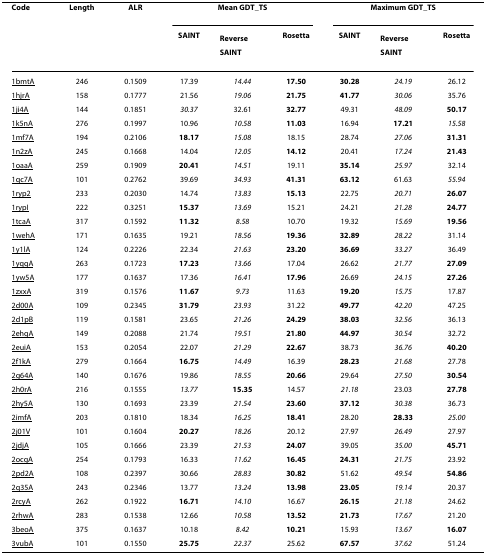
<table><thead><tr><td><b>Code</b></td><td><b>Length</b></td><td><b>ALR</b></td><td colspan="3"><b>Mean GDT_TS</b></td><td colspan="3"><b>Maximum GDT_TS</b></td></tr><tr><td></td><td></td><td></td><td><b>SAINT</b></td><td><b>Reverse SAINT</b></td><td><b>Rosetta</b></td><td><b>SAINT</b></td><td><b>Reverse SAINT</b></td><td><b>Rosetta</b></td></tr></thead><tbody><tr><td>1bmtA</td><td>246</td><td>0.1509</td><td>17.39</td><td><i>14.44</i></td><td><b>17.50</b></td><td><b>30.28</b></td><td><i>24.19</i></td><td>26.12</td></tr><tr><td>1hjrA</td><td>158</td><td>0.1777</td><td>21.56</td><td><i>19.06</i></td><td><b>21.75</b></td><td><b>41.77</b></td><td><i>30.06</i></td><td>35.76</td></tr><tr><td>1ji4A</td><td>144</td><td>0.1851</td><td><i>30.37</i></td><td>32.61</td><td><b>32.77</b></td><td>49.31</td><td><i>48.09</i></td><td><b>50.17</b></td></tr><tr><td>1k5nA</td><td>276</td><td>0.1997</td><td>10.96</td><td><i>10.58</i></td><td><b>11.03</b></td><td>16.94</td><td><b>17.21</b></td><td><i>15.58</i></td></tr><tr><td>1mf7A</td><td>194</td><td>0.2106</td><td><b>18.17</b></td><td><i>15.08</i></td><td>18.15</td><td>28.74</td><td><i>27.06</i></td><td><b>31.31</b></td></tr><tr><td>1n2zA</td><td>245</td><td>0.1668</td><td>14.04</td><td><i>12.05</i></td><td><b>14.12</b></td><td>20.41</td><td><i>17.24</i></td><td><b>21.43</b></td></tr><tr><td>1oaaA</td><td>259</td><td>0.1909</td><td><b>20.41</b></td><td><i>14.51</i></td><td>19.11</td><td><b>35.14</b></td><td><i>25.97</i></td><td>32.14</td></tr><tr><td>1qc7A</td><td>101</td><td>0.2762</td><td>39.69</td><td><i>34.93</i></td><td><b>41.31</b></td><td><b>63.12</b></td><td>61.63</td><td><i>55.94</i></td></tr><tr><td>1ryp2</td><td>233</td><td>0.2030</td><td>14.74</td><td><i>13.83</i></td><td><b>15.13</b></td><td>22.75</td><td><i>20.71</i></td><td><b>26.07</b></td></tr><tr><td>1rypI</td><td>222</td><td>0.3251</td><td><b>15.37</b></td><td><i>13.69</i></td><td>15.21</td><td>24.21</td><td><i>21.28</i></td><td><b>24.77</b></td></tr><tr><td>1tcaA</td><td>317</td><td>0.1592</td><td><b>11.32</b></td><td><i>8.58</i></td><td>10.70</td><td>19.32</td><td><i>15.69</i></td><td><b>19.56</b></td></tr><tr><td>1wehA</td><td>171</td><td>0.1635</td><td>19.21</td><td><i>18.56</i></td><td><b>19.36</b></td><td><b>32.89</b></td><td><i>28.22</i></td><td>31.14</td></tr><tr><td>1y1lA</td><td>124</td><td>0.2226</td><td>22.34</td><td><i>21.63</i></td><td><b>23.20</b></td><td><b>36.69</b></td><td><i>33.27</i></td><td>36.49</td></tr><tr><td>1yqgA</td><td>263</td><td>0.1723</td><td><b>17.23</b></td><td><i>13.66</i></td><td>17.04</td><td>26.62</td><td><i>21.77</i></td><td><b>27.09</b></td></tr><tr><td>1yw5A</td><td>177</td><td>0.1637</td><td>17.36</td><td><i>16.41</i></td><td><b>17.96</b></td><td>26.69</td><td><i>24.15</i></td><td><b>27.26</b></td></tr><tr><td>1zxxA</td><td>319</td><td>0.1576</td><td><b>11.67</b></td><td><i>9.73</i></td><td>11.63</td><td><b>19.20</b></td><td><i>15.75</i></td><td>17.87</td></tr><tr><td>2d00A</td><td>109</td><td>0.2345</td><td><b>31.79</b></td><td><i>23.93</i></td><td>31.22</td><td><b>49.77</b></td><td><i>42.20</i></td><td>47.25</td></tr><tr><td>2d1pB</td><td>119</td><td>0.1581</td><td>23.65</td><td><i>21.26</i></td><td><b>24.29</b></td><td><b>38.03</b></td><td><i>32.56</i></td><td>36.13</td></tr><tr><td>2ehgA</td><td>149</td><td>0.2088</td><td>21.74</td><td><i>19.51</i></td><td><b>21.80</b></td><td><b>44.97</b></td><td><i>30.54</i></td><td>32.72</td></tr><tr><td>2euiA</td><td>153</td><td>0.2054</td><td>22.07</td><td><i>21.29</i></td><td><b>22.67</b></td><td>38.73</td><td><i>36.76</i></td><td><b>40.20</b></td></tr><tr><td>2f1kA</td><td>279</td><td>0.1664</td><td><b>16.75</b></td><td><i>14.49</i></td><td>16.39</td><td><b>28.23</b></td><td><i>21.68</i></td><td>27.78</td></tr><tr><td>2g64A</td><td>140</td><td>0.1676</td><td>19.86</td><td><i>18.55</i></td><td><b>20.66</b></td><td>29.64</td><td><i>27.50</i></td><td><b>30.54</b></td></tr><tr><td>2h0rA</td><td>216</td><td>0.1555</td><td><i>13.77</i></td><td><b>15.35</b></td><td>14.57</td><td><i>21.18</i></td><td>23.03</td><td><b>27.78</b></td></tr><tr><td>2hy5A</td><td>130</td><td>0.1693</td><td>23.39</td><td><i>21.54</i></td><td><b>23.60</b></td><td><b>37.12</b></td><td><i>30.38</i></td><td>36.73</td></tr><tr><td>2imfA</td><td>203</td><td>0.1810</td><td>18.34</td><td><i>16.25</i></td><td><b>18.41</b></td><td>28.20</td><td><b>28.33</b></td><td><i>25.00</i></td></tr><tr><td>2j01V</td><td>101</td><td>0.1604</td><td><b>20.27</b></td><td><i>18.26</i></td><td>20.12</td><td>27.97</td><td><i>26.49</i></td><td>27.97</td></tr><tr><td>2jdjA</td><td>105</td><td>0.1666</td><td>23.39</td><td><i>21.53</i></td><td><b>24.07</b></td><td>39.05</td><td><i>35.00</i></td><td><b>45.71</b></td></tr><tr><td>2ocgA</td><td>254</td><td>0.1793</td><td>16.33</td><td><i>11.62</i></td><td><b>16.45</b></td><td><b>24.31</b></td><td><i>21.75</i></td><td>23.92</td></tr><tr><td>2pd2A</td><td>108</td><td>0.2397</td><td>30.66</td><td><i>28.83</i></td><td><b>30.82</b></td><td>51.62</td><td><i>49.54</i></td><td><b>54.86</b></td></tr><tr><td>2q35A</td><td>243</td><td>0.2346</td><td>13.77</td><td><i>13.24</i></td><td><b>13.98</b></td><td><b>23.05</b></td><td><i>19.14</i></td><td>20.37</td></tr><tr><td>2rcyA</td><td>262</td><td>0.1922</td><td><b>16.71</b></td><td><i>14.10</i></td><td>16.67</td><td><b>26.15</b></td><td><i>21.18</i></td><td>24.62</td></tr><tr><td>2rhwA</td><td>283</td><td>0.1538</td><td>12.66</td><td><i>10.58</i></td><td><b>13.52</b></td><td><b>21.73</b></td><td><i>17.67</i></td><td>21.20</td></tr><tr><td>3beoA</td><td>375</td><td>0.1637</td><td>10.18</td><td><i>8.42</i></td><td><b>10.21</b></td><td>15.93</td><td><i>13.67</i></td><td><b>16.07</b></td></tr><tr><td>3vubA</td><td>101</td><td>0.1550</td><td><b>25.75</b></td><td><i>22.37</i></td><td>25.62</td><td><b>67.57</b></td><td><i>37.62</i></td><td>51.24</td></tr></tbody></table>